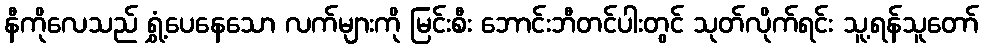
နီကိုလေသည် ရွှံ့ပေနေသော လက်များကို မြင်းစီး ဘောင်းဘီတင်ပါးတွင် သုတ်လိုက်ရင်း သူ့ရန်သူတော်